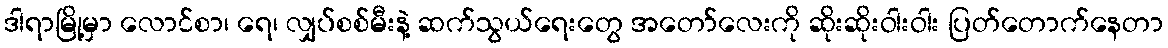
ဒါရာမြို့မှာ လောင်စာ၊ ရေ၊ လျှပ်စစ်မီးနဲ့ ဆက်သွယ်ရေးတွေ အတော်လေးကို ဆိုးဆိုးဝါးဝါး ပြတ်တောက်နေတာ